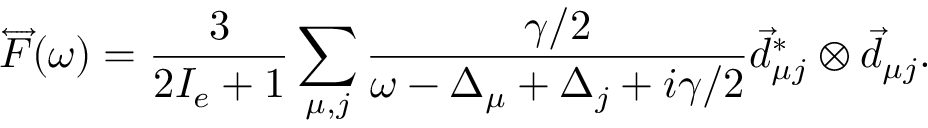
\overleftrightarrow { F } ( \omega ) = \frac { 3 } { 2 I _ { e } + 1 } \sum _ { \mu , j } \frac { \gamma / 2 } { \omega - \Delta _ { \mu } + \Delta _ { j } + i \gamma / 2 } \vec { d } _ { \mu j } ^ { * } \otimes \vec { d } _ { \mu j } .